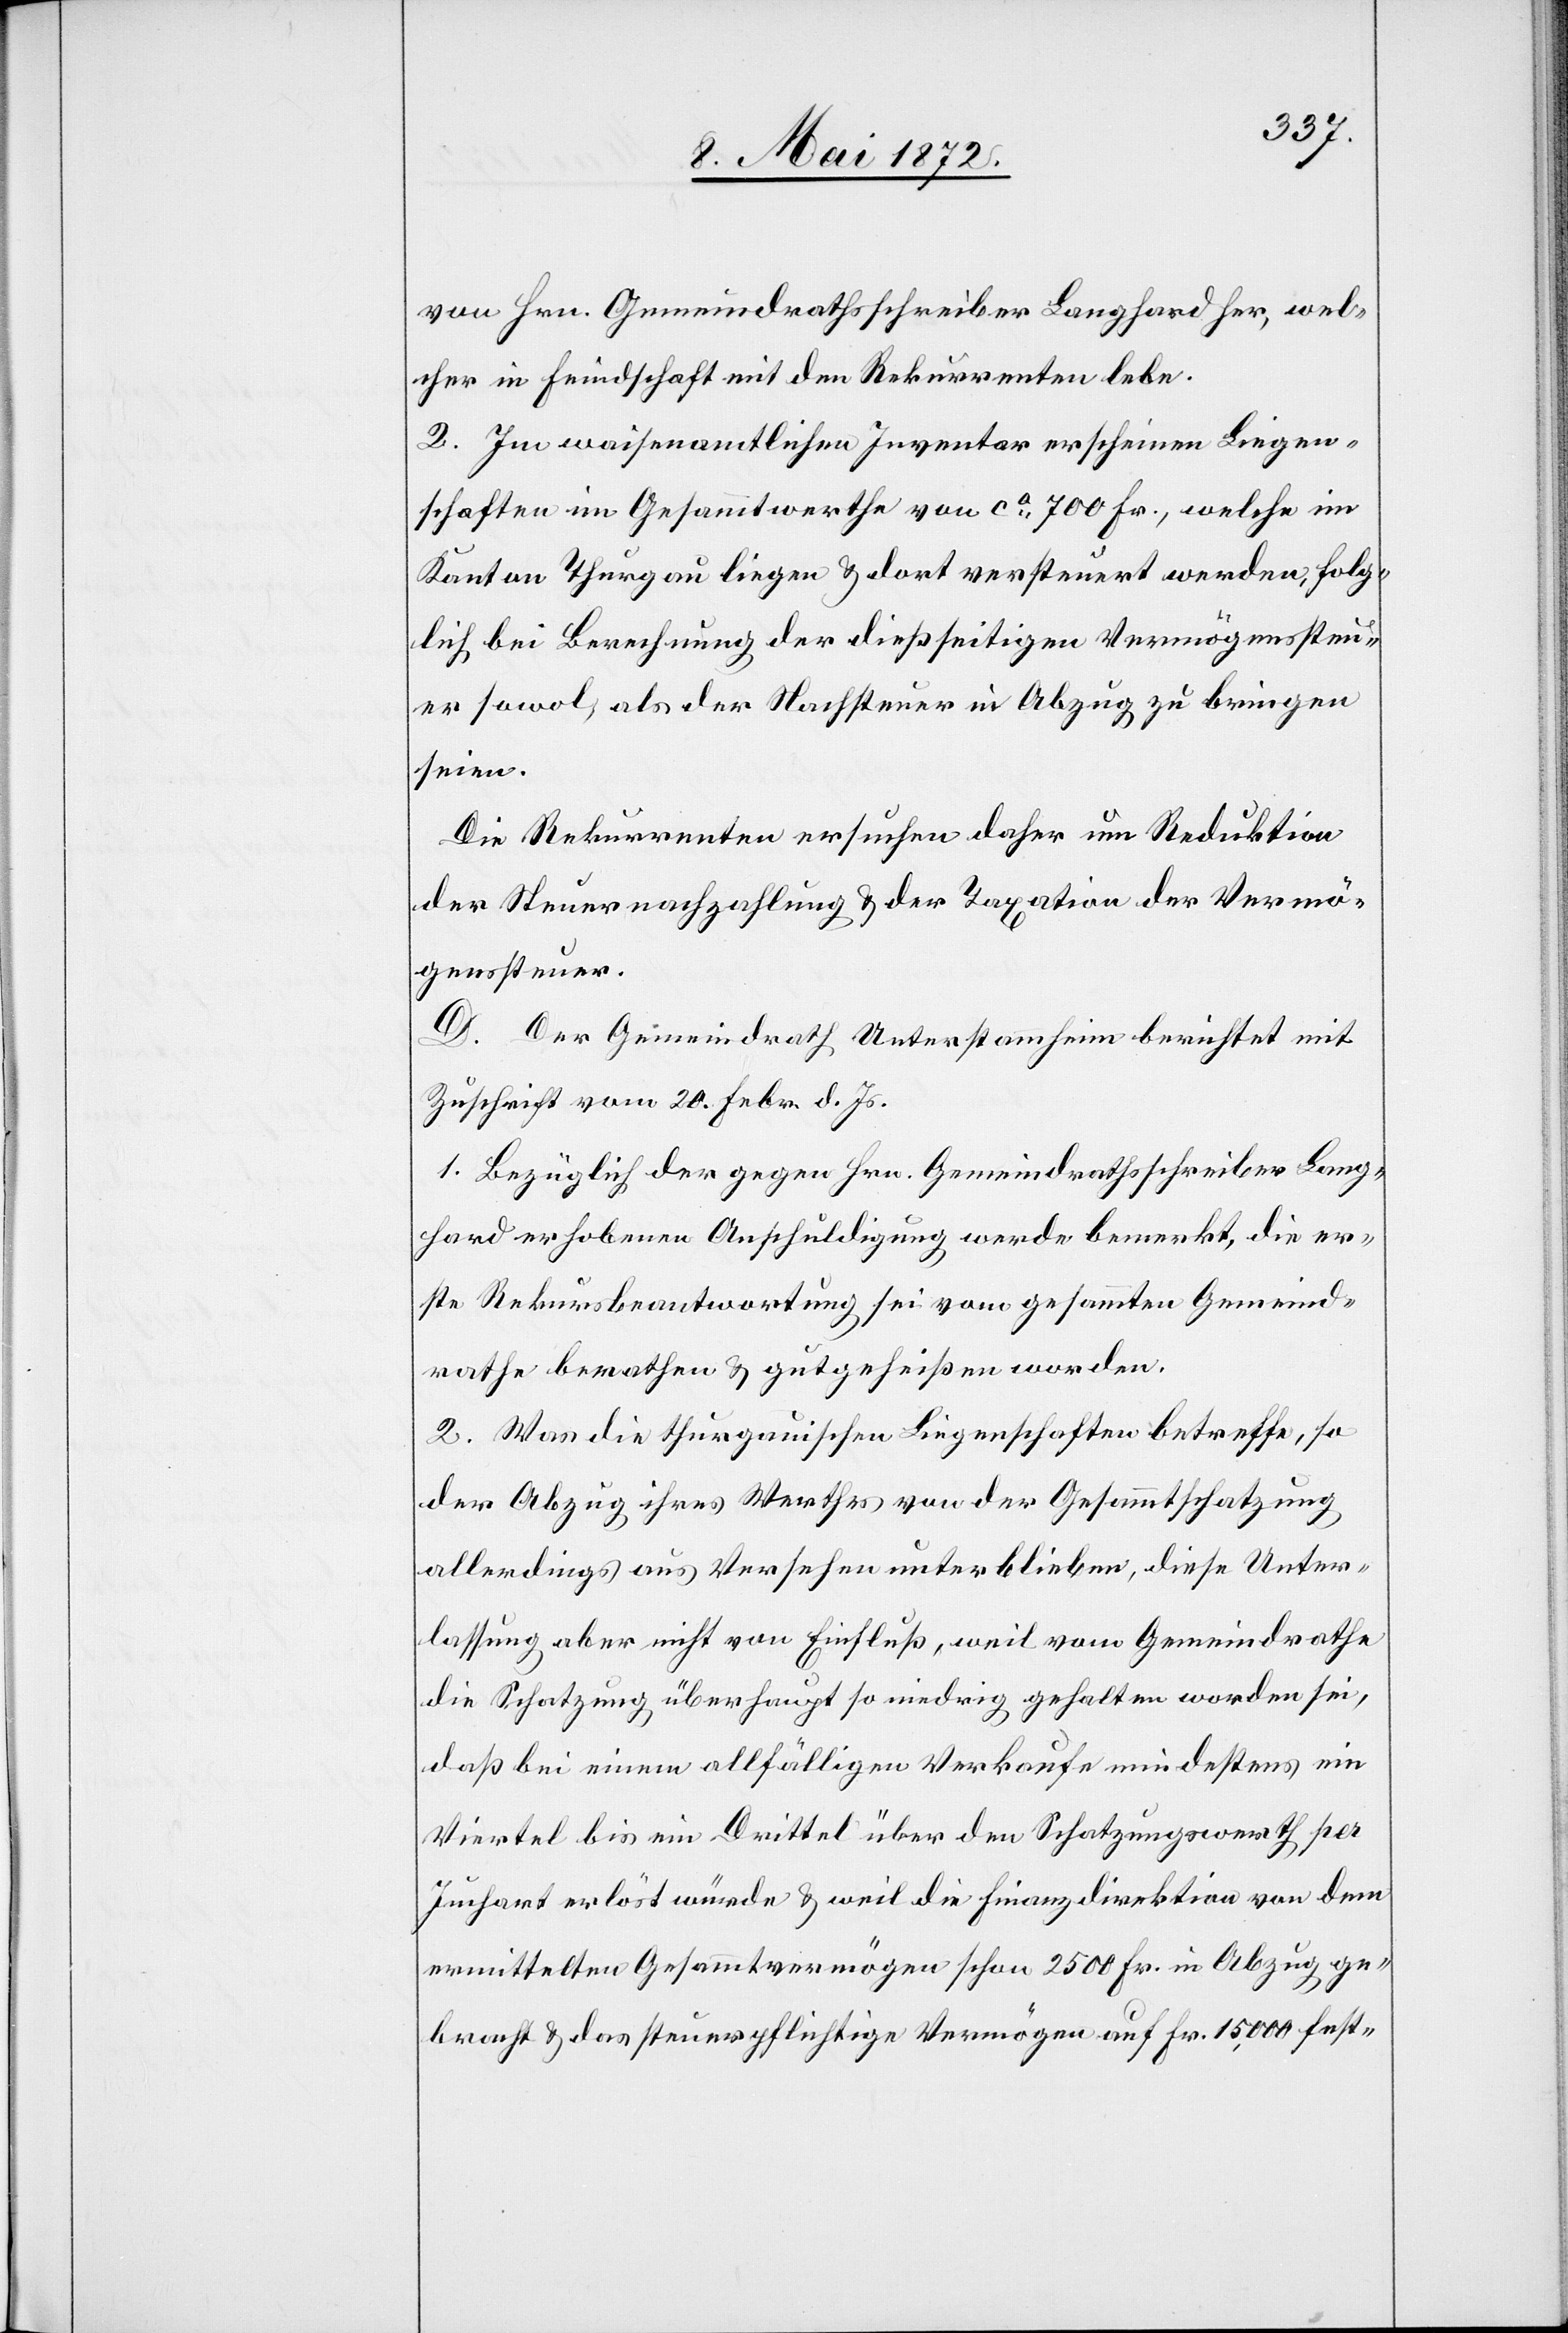
von Hrn. Gemeindrathsschreiber Langhard her, wel¬
cher in Feindschaft mit den Rekurrenten lebe.
2. Im waisenamtlichen Inventar erscheinen Liegen¬
schaften im Gesammtwerthe von ca 700 Fr., welche im
Kanton Thurgau liegen u. dort versteuert werden, folg¬
lich bei Berechnung der dießseitigen Vermögenssteu¬
er sowol, als der Nachsteuer in Abzug zu bringen
seien.
Die Rekurrenten ersuchen daher um Reduktion
der Steuernachzahlung u. der Taxation der Vermö¬
genssteuer.
D. Der Gemeindrath Unterstammheim berichtet mit
Zuschrift vom 20. Febr. d. Js.
1. Bezüglich der gegen Hrn. Gemeindrathsschreiber Lang¬
hard erhobenen Anschuldigung werde bemerkt, die er¬
ste Rekursbeantwortung sei vom gesammten Gemeind¬
rathe berathen u. gutgeheißen worden.
2. Was die thurgauischen Liegenschaften betreffe, so
der Abzug ihres Werthes von der Gesammtschatzung
allerdings aus Versehen unterblieben, diese Unter¬
lassung aber nicht von Einfluß, weil vom Gemeindrathe
die Schatzung überhaupt so niedrig gehalten worden sei,
daß bei einem allfälligen Verkaufe mindestens ein
Viertel bis ein Drittel über den Schatzungswerth per
Juchart erlöst würde u. weil die Finanzdirektion von dem
ermittelten Gesammtvermögen schon 2500 Fr. in Abzug ge¬
bracht u. das steuerpflichtige Vermögen auf Fr. 15,000 fest-